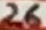
Text: 26